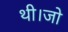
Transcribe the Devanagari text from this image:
थी।जो